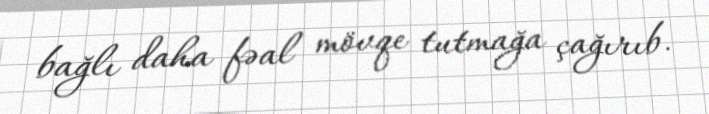
bağlı daha fəal mövqe tutmağa çağırıb.